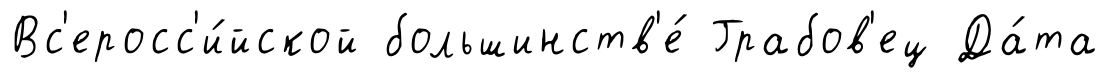
Вс'еросс'и́йской большинств'е́ Грабов'ец Да́та